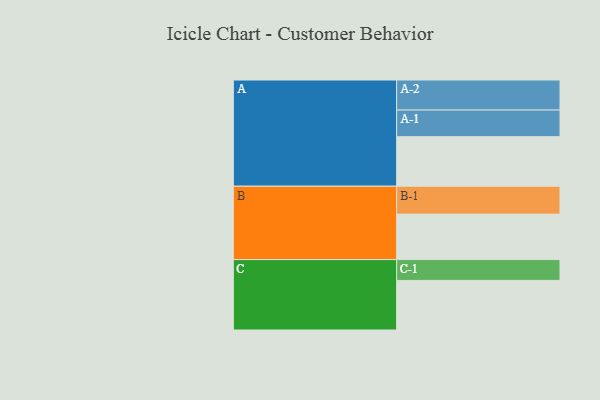
{"axis": {"x": "Segment", "y": "Value"}, "legend": ["", "A", "B", "C"], "data": [{"x": "A", "y": 456, "type": ""}, {"x": "B", "y": 419, "type": ""}, {"x": "C", "y": 457, "type": ""}, {"x": "A-1", "y": 246, "type": "A"}, {"x": "A-2", "y": 277, "type": "A"}, {"x": "B-1", "y": 257, "type": "B"}, {"x": "C-1", "y": 192, "type": "C"}]}